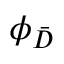
\phi _ { \bar { D } }